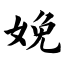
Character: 娩